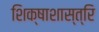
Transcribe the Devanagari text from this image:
शिक्षाशास्त्रि